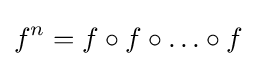
f^{n}=f\circ f\circ \ldots \circ f